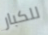
للكبار